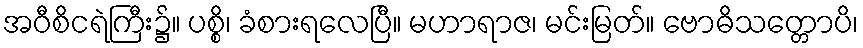
အဝီစိငရဲကြီး၌။ ပစ္စိ၊ ခံစားရလေပြီ။ မဟာရာဇ၊ မင်းမြတ်။ ဗောဓိသတ္တောပိ၊